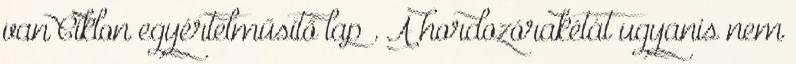
van Ciklon egyértelműsítő lap . A hordozórakétát ugyanis nem